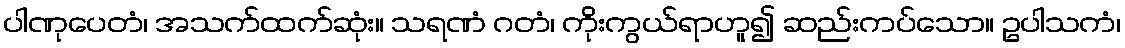
ပါဏုပေတံ၊ အသက်ထက်ဆုံး။ သရဏံ ဂတံ၊ ကိုးကွယ်ရာဟူ၍ ဆည်းကပ်သော။ ဥပါသကံ၊